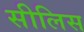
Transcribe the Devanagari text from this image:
सीलिस